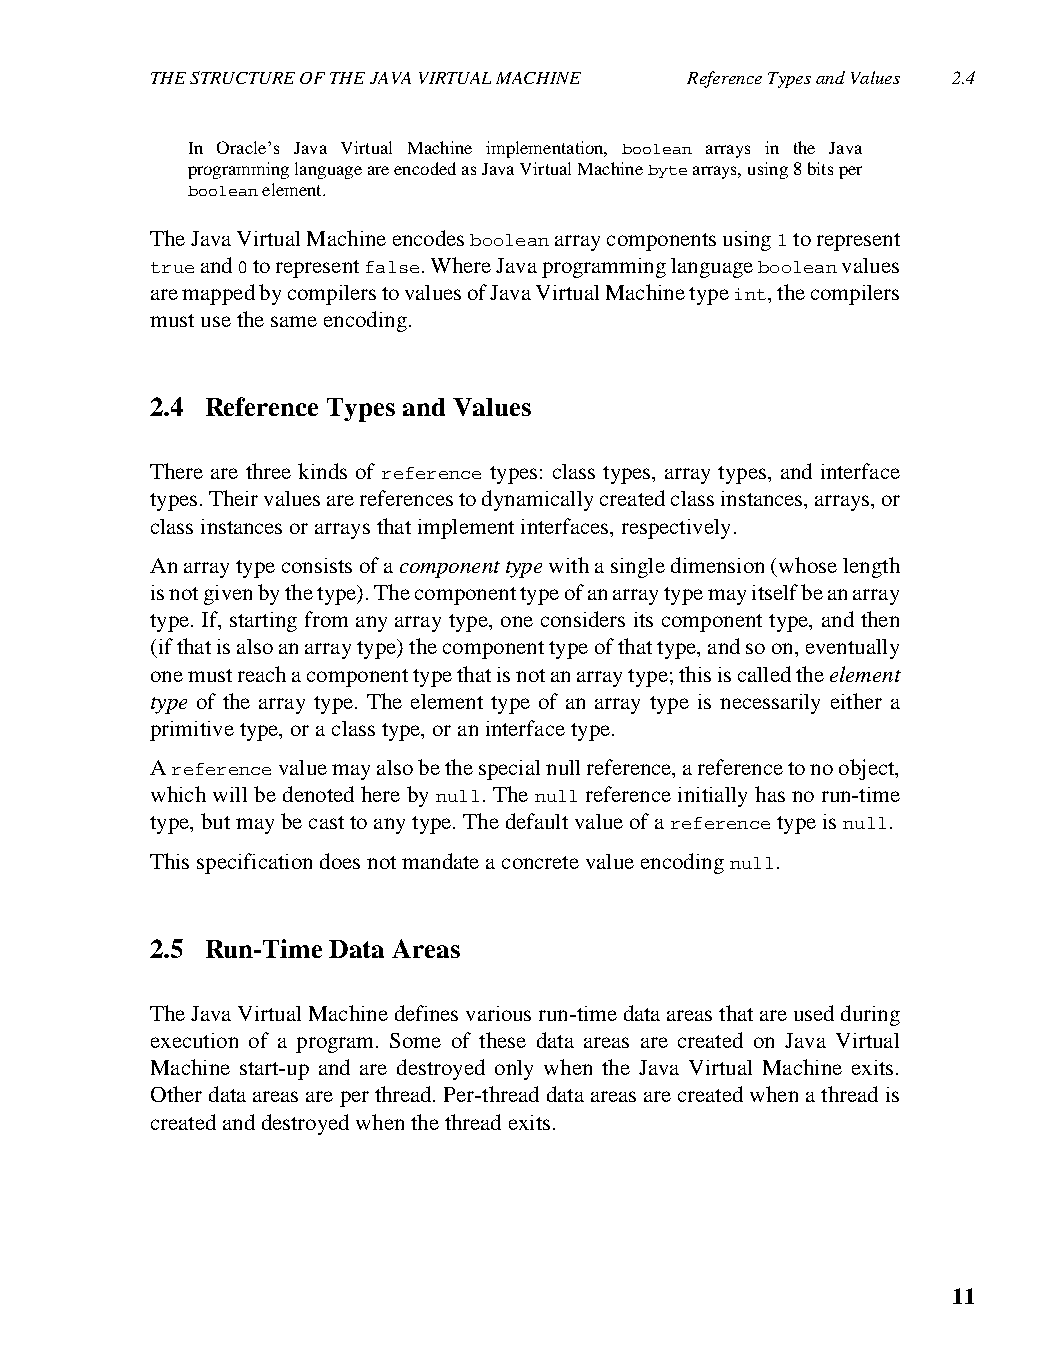
THE STRUCTURE OF THE JAVA VIRTUAL MACHINE Reference Types and Values 2.4
 In Oracle’s Java Virtual Machine implementation, boolean arrays in the Java
 programming language are encoded as Java Virtual Machine byte arrays, using 8 bits per
 boolean element.
 The Java Virtual Machine encodes boolean array components using 1 to represent
 true and 0 to represent false. Where Java programming language boolean values
 are mapped by compilers to values of Java Virtual Machine type int, the compilers
 must use the same encoding.
 2.4 Reference Types and Values
 There are three kinds of reference types: class types, array types, and interface
 types. Their values are references to dynamically created class instances, arrays, or
 class instances or arrays that implement interfaces, respectively.
 An array type consists of a component type with a single dimension (whose length
 is not given by the type). The component type of an array type may itself be an array
 type. If, starting from any array type, one considers its component type, and then
 (if that is also an array type) the component type of that type, and so on, eventually
 one must reach a component type that is not an array type; this is called the element
 type of the array type. The element type of an array type is necessarily either a
 primitive type, or a class type, or an interface type.
 A reference value may also be the special null reference, a reference to no object,
 which will be denoted here by null. The null reference initially has no run-time
 type, but may be cast to any type. The default value of a reference type is null.
 This specification does not mandate a concrete value encoding null.
 2.5 Run-Time Data Areas
 The Java Virtual Machine defines various run-time data areas that are used during
 execution of a program. Some of these data areas are created on Java Virtual
 Machine start-up and are destroyed only when the Java Virtual Machine exits.
 Other data areas are per thread. Per-thread data areas are created when a thread is
 created and destroyed when the thread exits.
 11